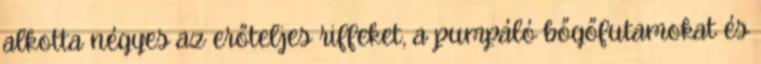
alkotta négyes az erőteljes riffeket, a pumpáló bőgőfutamokat és